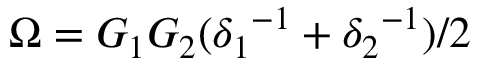
\Omega = G _ { 1 } G _ { 2 } ( { \delta _ { 1 } } ^ { - 1 } + { \delta _ { 2 } } ^ { - 1 } ) / 2